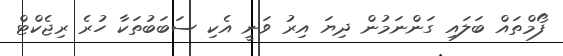
ފޯމްތައް ބަލައި ގަންނަމުން ދިޔަ އިރު ވަނީ އެކި ސަބަބުތަކާ ހުރެ ރިޖެކްޓް